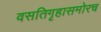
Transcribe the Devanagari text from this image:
वसतिगृहासमोरच